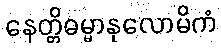
နေတ္တိဓမ္မာနုလောမိကံ